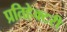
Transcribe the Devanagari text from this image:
प्रतिहेक्टरी